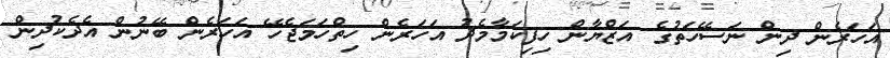
އަހަރެން ދިން ނަސޭހަތުގެ އަޒްޔާން ހިފިކަމާމެދު އަހަރެން ހިތްހަމަޖެހޭ އަހަރެން ބޭނުން އެދެކުދިން